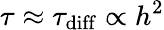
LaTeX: \tau\approx\tau_{\mathrm{diff}}\propto h^{2}